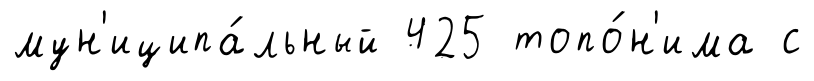
мун'иципа́льный 425 топо́н'има с